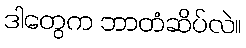
ဒါတွေက ဘာတံဆိပ်လဲ။